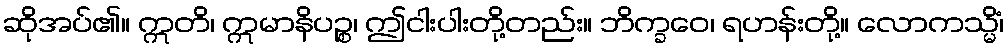
ဆိုအပ်၏။ ဣတိ၊ ဣမာနိပဉ္စ၊ ဤငါးပါးတို့တည်း။ ဘိက္ခဝေ၊ ရဟန်းတို့။ လောကသ္မိံ၊